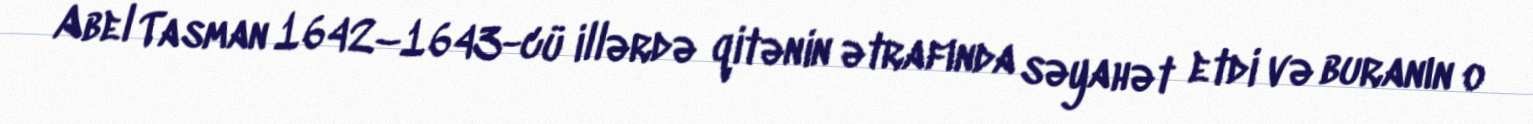
Abel Tasman 1642–1643-cü illərdə qitənin ətrafında səyahət etdi və buranın o